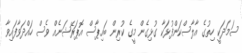
ސަމަދަކީ ހިތުގެ އާލާސްކަންފުޅަކާ ގުޅިގެން މީގެ ކުރިން ބައިޕާސް އޮޕަރޭޝަނެއް ވެސް ހައްދަވާފައިވާ